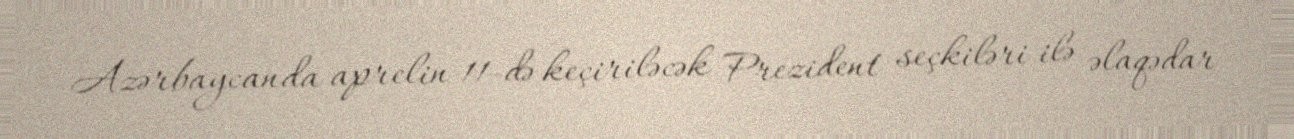
Azərbaycanda aprelin 11-də keçiriləcək Prezident seçkiləri ilə əlaqədar